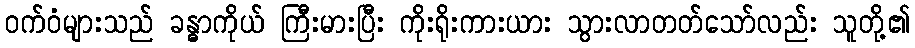
ဝက်ဝံများသည် ခန္ဓာကိုယ် ကြီးမားပြီး ကိုးရိုးကားယား သွားလာတတ်သော်လည်း သူတို့၏